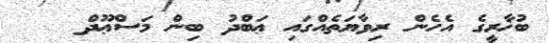
ބުޚާރީގެ އެހެން ރިވާޔަތެއްގައި ޢަބްދު ބިން މަސްޢޫދް